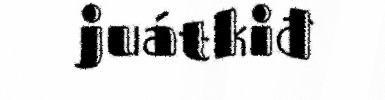
juátkiđ